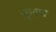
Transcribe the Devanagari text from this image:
पुनापा